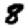
Digit: 8